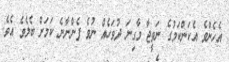
އެހެންވެ އެކަންކަމުގެ ނަތީޖާ މާގިނަ ދުވަހެއް ނުވެ ފެންނާނެ ކަމަށް ބެލެވެ އެވެ.